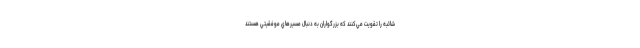
شائبه را تقويت مي‌كنند كه بزرگواران به دنبال مسيرهاي موفقيتي هستند